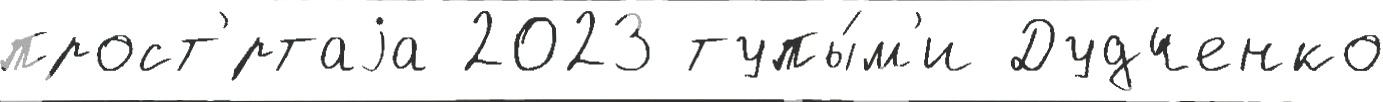
прост'́ртаjа 2023 тупы́м'и Дудченко